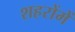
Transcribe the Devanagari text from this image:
शहरोंमें